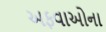
અફવાઓના